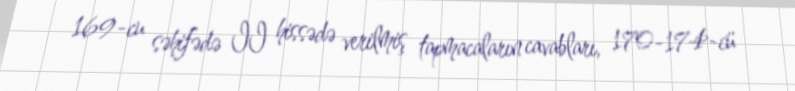
169-cu səhifədə II hissədə verilmiş tapmacaların cavabları, 170-174-cü